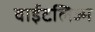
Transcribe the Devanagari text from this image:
वाईटलिज्म